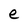
Character: e